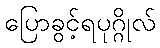
ပြောခွင့်ရပုဂ္ဂိုလ်